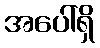
အပေါ်ရှိ